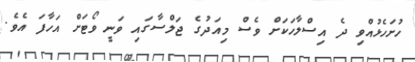
ހުށަހެޅުއްވި ދެ އިސްލާހަކަށް ވެސް މިއަދުގެ ޖަލްސާގައި ވަނީ ވޯޓަށް އަހާފަ އެވެ.